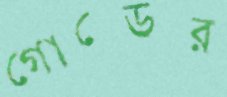
গোল্ডের